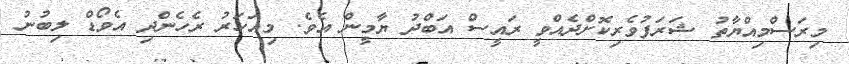
މިރަސްމިއްޔާތު ޝަރަފުވެރިކޮށްދެއްވީ ރައީސް އަބްދު ޔާމީން އެވެ. މިއަހަރު ރެހެންދި އެވޯޑް ލިބުނު